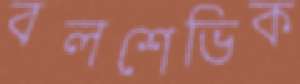
বলশেভিক